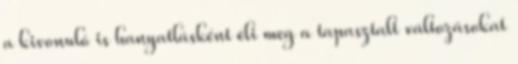
a kivonuló is hanyatlásként éli meg a tapasztalt változásokat